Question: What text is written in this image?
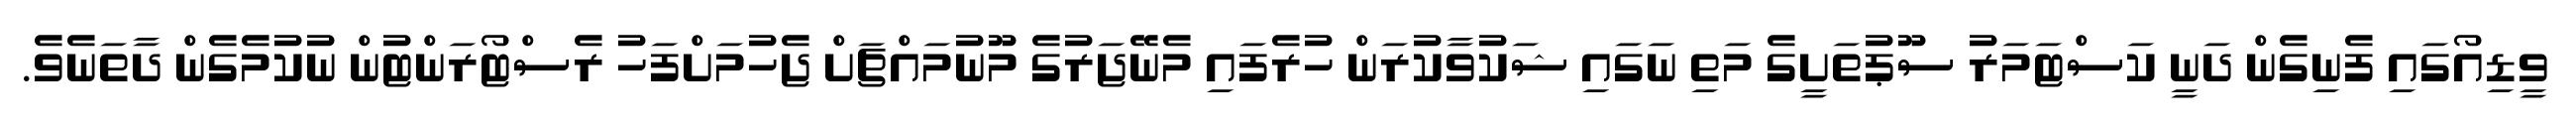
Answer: ވީޑިއޯގައި ފެނިގެން ދަނީ ކަސްޓަމަރު ސޫޕުތަށީގެ މަތި ނަގައި ޝަކުވާކުރަން ހުރެފައި މެނޭޖަރުގެ މޫނުމައްޗަށް ޖެހުމަށްފަހު ރެސްޓޯރަންޓުން ނުކުމެގެން ދާތަނެވެ.